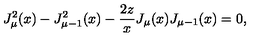
J _ { \mu } ^ { 2 } ( x ) - J _ { \mu - 1 } ^ { 2 } ( x ) - \frac { 2 z } { x } J _ { \mu } ( x ) J _ { \mu - 1 } ( x ) = 0 ,